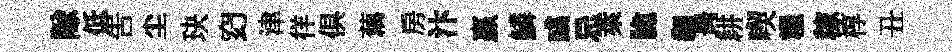
隊低吿尘玦𥥆津徉俱藕房汴贏鱗彧忌萊脆翿昺耕喫糧稼椁丑